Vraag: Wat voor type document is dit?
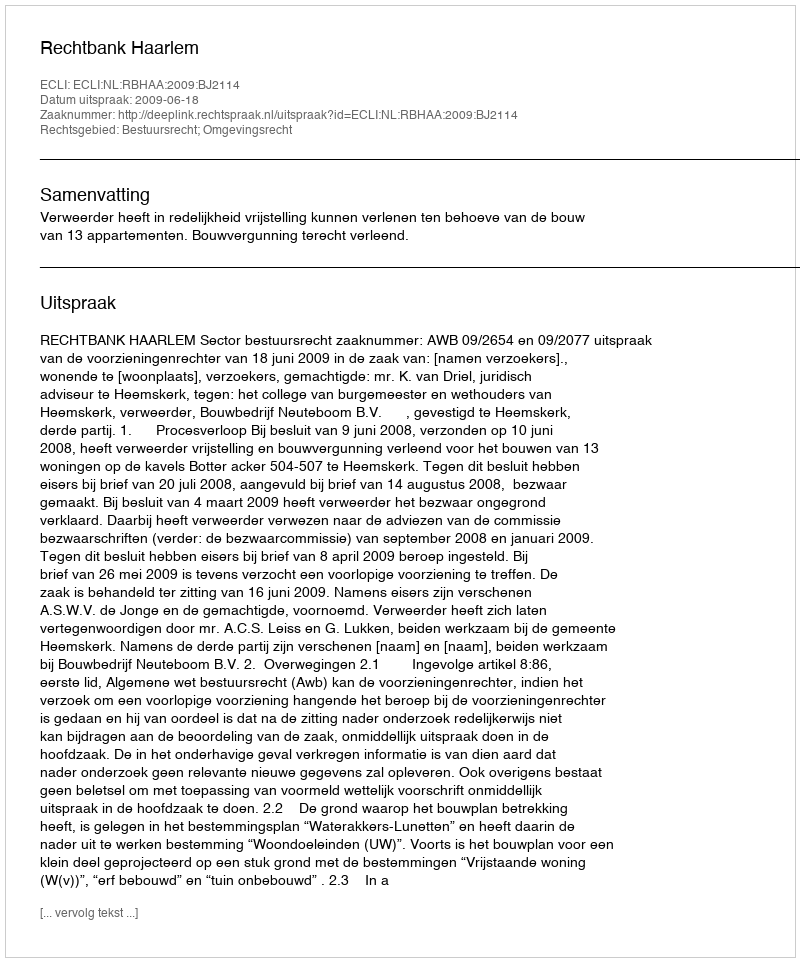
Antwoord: Uitspraak